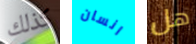
كذلك انسان هل